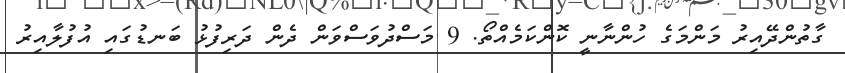
ގާތުންދޭއިރު މަންމަގެ ހުންނާނީ ކޮންކަމެއްތޯ. 9 މަސްދުވަސްވަން ދެން ދަރިފުޅު ބަނޑުގައި އުފުލާއިރު